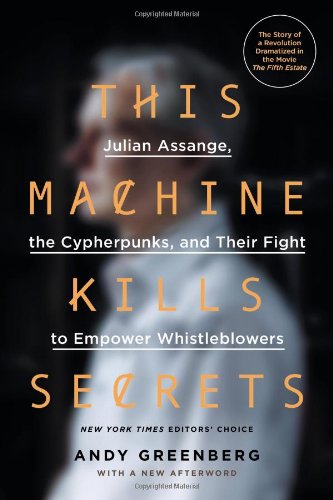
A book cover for This Machine Kills Secrets: Julian Assange, the Cypherpunks, and Their Fight to Empower Whistleblowers; Andy Greenberg; Computers & Technology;